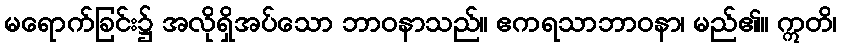
မရောက်ခြင်း၌ အလိုရှိအပ်သော ဘာဝနာသည်။ ဧကရသာဘာဝနာ၊ မည်၏။ ဣတိ၊